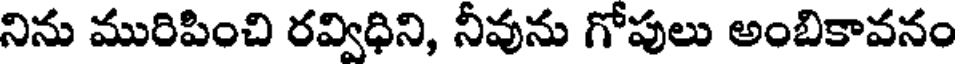
నిను మురిపించి రవ్విధిని, నీవును గోపులు అంబికావనం